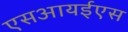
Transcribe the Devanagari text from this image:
एसआयईएस